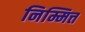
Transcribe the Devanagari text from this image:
निम्मित्त